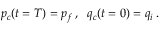
p _ { c } ( t = T ) = p _ { f } \, , \; \; q _ { c } ( t = 0 ) = q _ { i } \, .